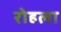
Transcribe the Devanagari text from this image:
रोहला